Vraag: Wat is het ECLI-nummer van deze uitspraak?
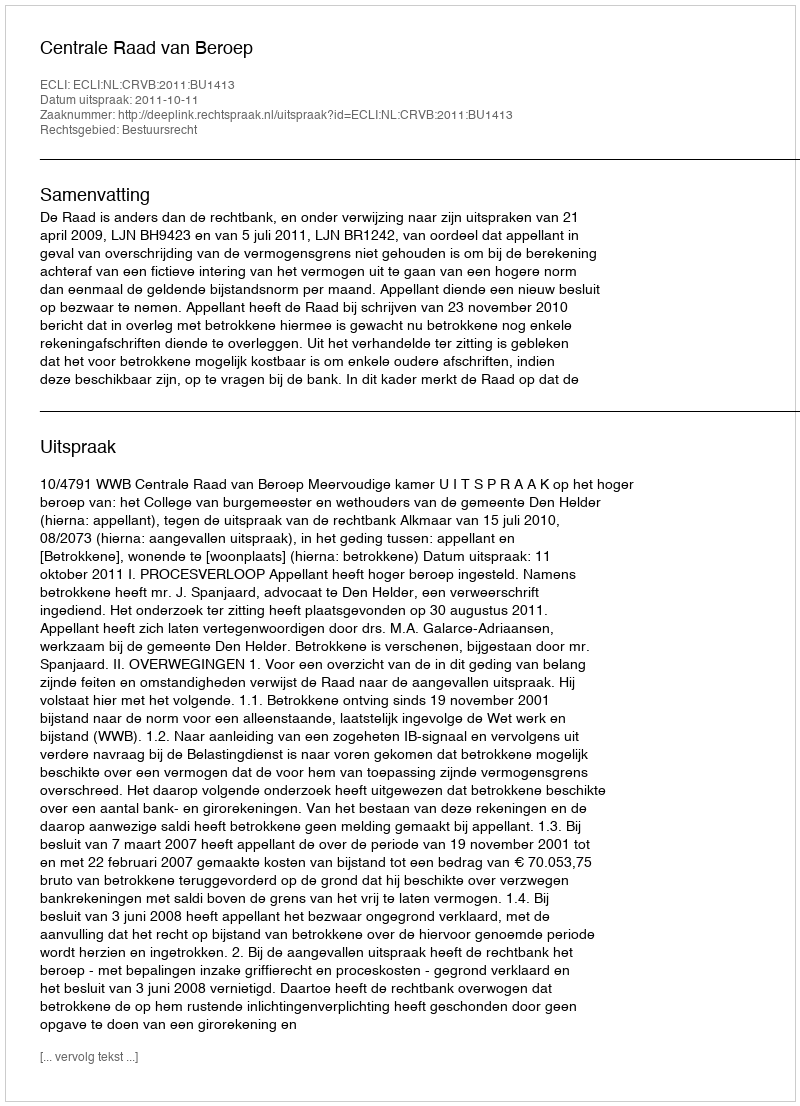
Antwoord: ECLI:NL:CRVB:2011:BU1413